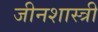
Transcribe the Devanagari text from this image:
जीनशास्त्री